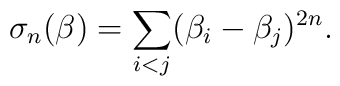
\sigma_n (\beta)= \sum_{i<j}(\beta_i-\beta_j)^{2n}.